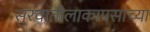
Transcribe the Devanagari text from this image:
सुरवातीलाकापसाच्या